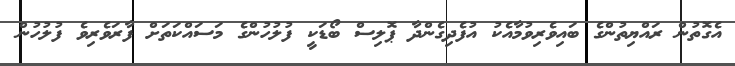
އެގޮތުން ރައްޔިތުންގެ ބައިވެރިވުމާއެކު އުފެދިގެންދާ ޕޮލިސް ބޯޑަކީ ފުލުހުންގެ މަސައްކަތަށް ފާރަވެރިވެ ފުލުހުން